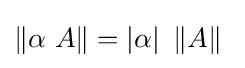
\left\|\alpha \ A\right\|=\left|\alpha \right|\ \left\|A\right\|\